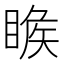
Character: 𥈑